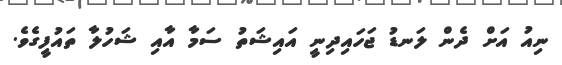
ނިއު އަށް ދެން ލަނޑު ޖަހައިދިނީ އައިޝަތު ސަމާ އާއި ޝަހުލާ ތައުފީގެވެ.